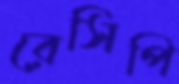
রেসিপি